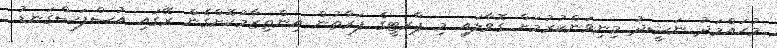
މުޙައްމަދު ނަޝީދު މިނިވަންކުރުމަށް ގޮވާލައި މި ޕާރޓީގެ ފަރާތުން އިންތިޒާމުކޮށްގެން ރޭގައި އުސްފަސްގަނޑު